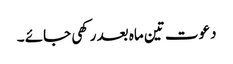
دعوت تین ماہ بعد رکھی جائے ۔